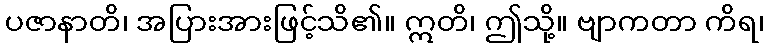
ပဇာနာတိ၊ အပြားအားဖြင့်သိ၏။ ဣတိ၊ ဤသို့။ ဗျာကတာ ကိရ၊